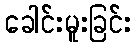
ခေါင်းမူးခြင်း